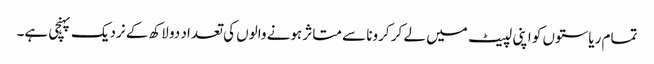
تمام ریاستوں کو اپنی لپیٹ میں لے کر کرونا سے متاثر ہونے والوں کی تعداد دو لاکھ کے نردیک پہنچی ہے۔